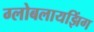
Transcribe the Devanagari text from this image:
ग्लोबलायझिंग